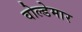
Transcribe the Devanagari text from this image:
वोल्डेमार